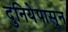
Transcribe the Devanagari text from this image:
दुनियेपासून